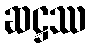
ဆဋ္ဌဿ